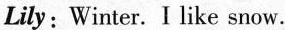
Lily: Winter. I like snow.